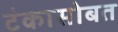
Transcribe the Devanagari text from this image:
टंकासोबत